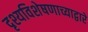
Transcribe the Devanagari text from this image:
दृश्यविशेषणाच्याद्वारे